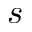
s